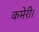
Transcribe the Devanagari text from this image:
कमेरी।